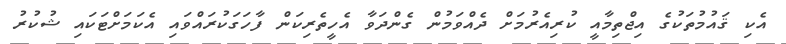
އެކި ޤައުމުތަކުގެ އިޖްތިމާއީ ކުރިއެރުމަށް ދެއްވަމުން ގެންދަވާ އެހީތެރިކަން ފާހަގަކުރައްވައި އެކަމަށްޓަކައި ޝުކުރު